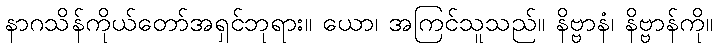
နာဂသိန်ကိုယ်တော်အရှင်ဘုရား။ ယော၊ အကြင်သူသည်။ နိဗ္ဗာနံ၊ နိဗ္ဗာန်ကို။